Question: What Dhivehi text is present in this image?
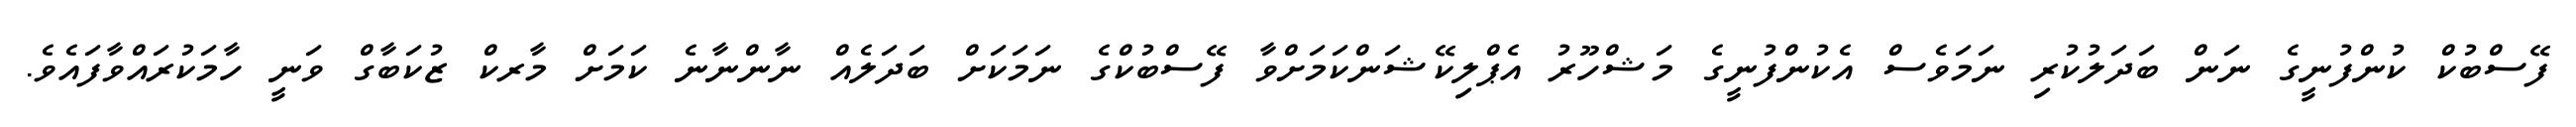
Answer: ފޭސްބުކް ކުންފުނީގެ ނަން ބަދަލުކުރި ނަމަވެސް އެކުންފުނީގެ މަޝްހޫރު އެޕްލިކޭޝަންކަމަށްވާ ފޭސްބުކްގެ ނަމަކަށް ބަދަލެއް ނާންނާނެ ކަމަށް މާރކް ޒުކަބާގް ވަނީ ހާމަކުރައްވާފައެވެ.